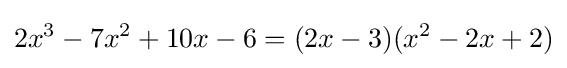
2x^{3}-7x^{2}+10x-6=(2x-3)(x^{2}-2x+2)